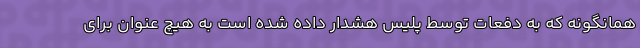
همانگونه که به دفعات توسط پلیس هشدار داده شده است به هیچ عنوان برای